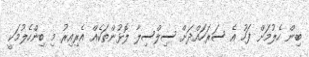
ބިން ހެލުމަށް ފަހު އެ ސަރަހައްދަށް ސިލްސިލާ ލޮޅުންތަކެއް އެރިއިރު މި ބިންހެލުމަކީ